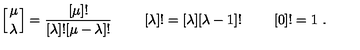
\left[ { \mu \atop \lambda } \right] = { \frac { [ \mu ] ! } { [ \lambda ] ! [ \mu - \lambda ] ! } } \ \qquad [ \lambda ] ! = [ \lambda ] [ \lambda - 1 ] ! \ \qquad [ 0 ] ! = 1 \ .